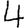
Digit: 4